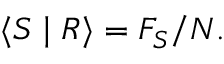
\langle S \mid R \rangle = F _ { S } / N .